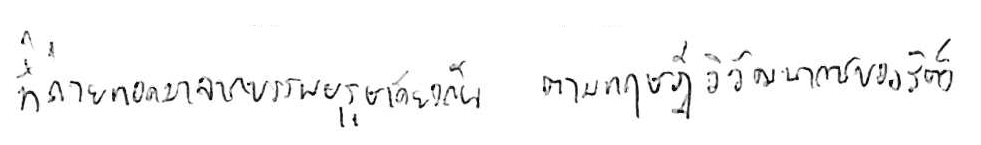
ที่ถ่ายทอดมาจากบรรพบุรุษเดียวกัน ตามทฤษฎีวิวัฒนาการของสัตว์